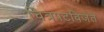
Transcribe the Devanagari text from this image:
चित्रपटविजेते